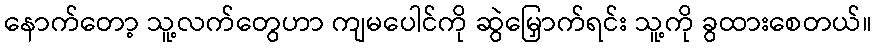
နောက်တော့ သူ့လက်တွေဟာ ကျမပေါင်ကို ဆွဲမြှောက်ရင်း သူ့ကို ခွထားစေတယ်။